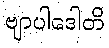
ဗျာပါဒေါတိ